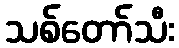
သစ်တော်သီး